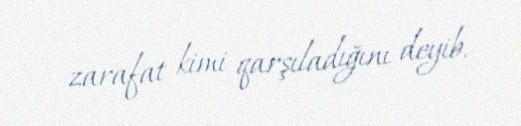
zarafat kimi qarşıladığını deyib.